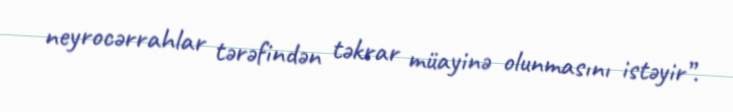
neyrocərrahlar tərəfindən təkrar müayinə olunmasını istəyir”.